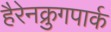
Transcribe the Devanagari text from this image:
हैरेनक्रुगपार्क